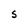
Character: S